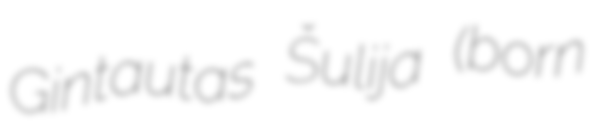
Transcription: Gintautas Šulija (born